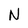
Character: N